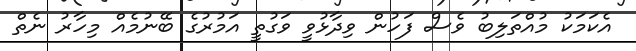
އެކަމަކު މުއްތަލިބު ވެސް ފަހުން ވިދާޅުވީ ވަގުތީ އަމުރުގެ ބޭނުމެއް މިހާރު ނެތް